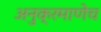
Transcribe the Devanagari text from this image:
अनुक्रमाणेच